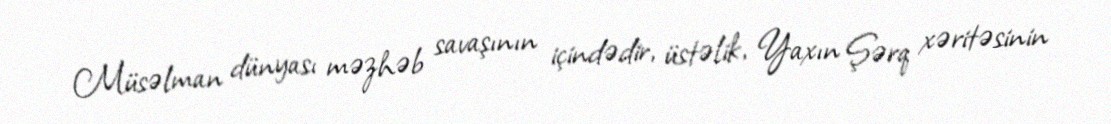
Müsəlman dünyası məzhəb savaşının içindədir, üstəlik, Yaxın Şərq xəritəsinin